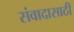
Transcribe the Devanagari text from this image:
संवादासाठी